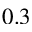
0 . 3